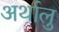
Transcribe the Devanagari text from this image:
अर्थालु